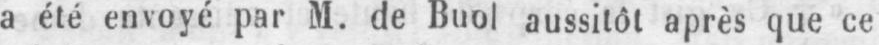
a été envoyé par M. de Buol aussitôt après que ce